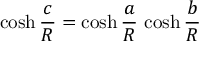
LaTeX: \cosh { \frac { c } { R } } = \cosh { \frac { a } { R } } \, \cosh { \frac { b } { R } }